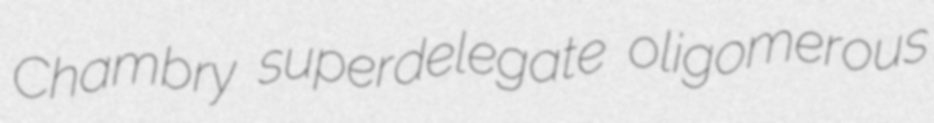
Chambry superdelegate oligomerous